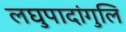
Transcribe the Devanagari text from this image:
लघुपादांगुलि